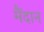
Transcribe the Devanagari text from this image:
मैंदान